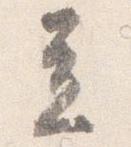
立